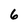
Character: 6